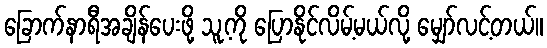
ခြောက်နာရီအချိန်ပေးဖို့ သူ့ကို ပြောနိုင်လိမ့်မယ်လို့ မျှော်လင့်တယ်။